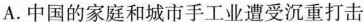
A.中国的家庭和城市手工业遭受沉重打击